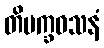
တိပက္ခဝသနံ